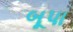
બૂપા